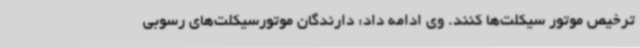
ترخیص موتور سیکلت‌ها کنند. وی ادامه داد: دارندگان موتورسیکلت‌های رسوبی